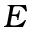
E